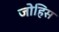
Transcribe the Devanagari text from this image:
जोहिस